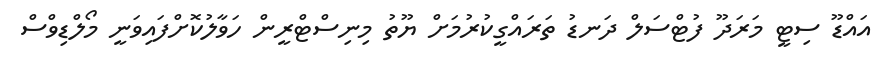
އައްޑޫ ސިޓީ މަރަދޫ ފުޓްސަލް ދަނޑު ތަރައްގީކުރުމަށް ޔޫތު މިނިސްޓްރީން ހަވާލުކޮށްފައިވަނީ މޯލްޑިވްސް